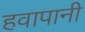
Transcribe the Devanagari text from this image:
हवापानी